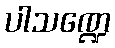
ပါသဏ္ဍေ